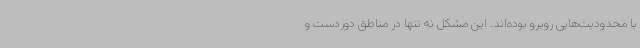
با محدودیت‌هایی روبرو بوده‌اند. این مشکل نه تنها در مناطق دوردست و